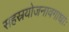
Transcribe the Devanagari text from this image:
सहस्रयोजनावगाधाः